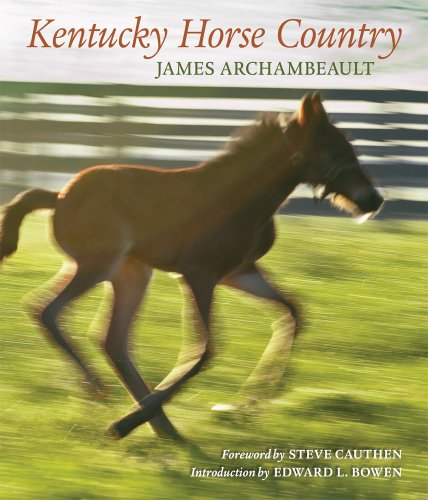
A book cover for Kentucky Horse Country: Images of the Bluegrass; James Archambeault; Travel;